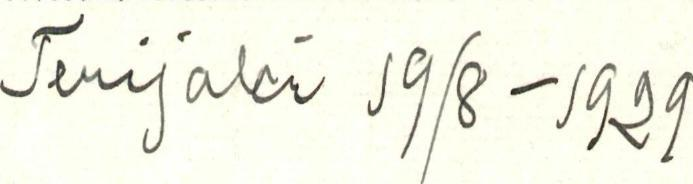
Terijoki 19/8-1929